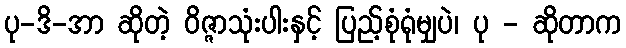
ပု-ဒိ-အာ ဆိုတဲ့ ဝိဇ္ဇာသုံးပါးနှင့် ပြည့်စုံရုံမျှပဲ၊ ပု - ဆိုတာက